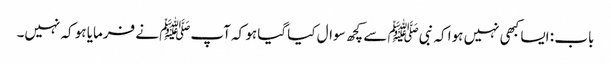
باب : ایسا کبھی نہیں ہوا کہ نبیﷺ سے کچھ سوال کیا گیا ہو کہ آپﷺ نے فرمایا ہو کہ نہیں۔